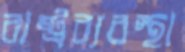
রাষ্ট্রব্যবস্থা